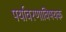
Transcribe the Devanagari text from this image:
पर्यावरणाविषयक